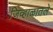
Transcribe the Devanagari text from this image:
जिव्हाळातले